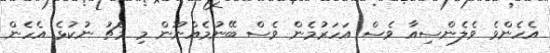
އެހެންވެ ވެލެންސިއާ ވެސް އަހަރުމެން ވެސް ބޭނުމެއްނޫން މި މެޗު ނުކުޅެ އެހެން